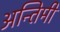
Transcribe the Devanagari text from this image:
अन्तिमी